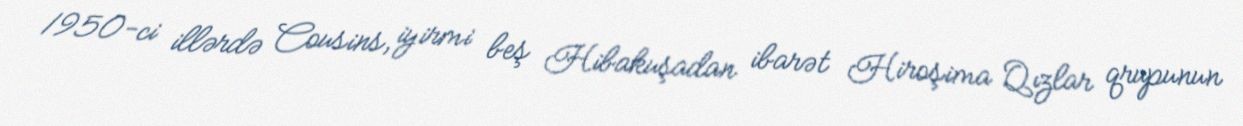
1950-ci illərdə Cousins, iyirmi beş Hibakuşadan ibarət Hiroşima Qızlar qrupunun